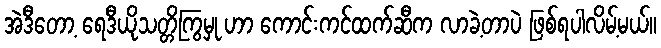
အဲဒီတော့ ရေဒီယိုသတ္တိကြွမှု ဟာ ကောင်းကင်ထက်ဆီက လာခဲ့တာပဲ ဖြစ်ရပါလိမ့်မယ်။